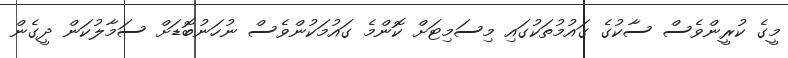
މީގެ ކުރީންވެސް ސާކުގެ ގައުމުތަކުގައި މިސަމިޓަށް ކޮންމެ ގައުމަކުންވެސް ނުހަނުބޮޑަށް ސަމާލުކަން ދީގެން